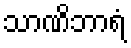
သာဏိဘာရံ